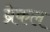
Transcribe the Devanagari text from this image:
ब्रेकल